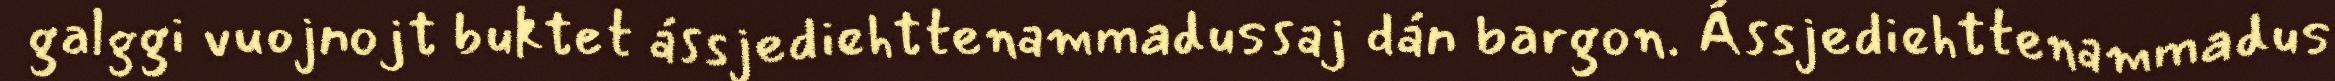
galggi vuojnojt buktet ássjediehttenammadussaj dán bargon. Ássjediehttenammadus